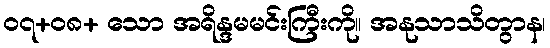
၀၇+၀၈+ သော အရိန္ဒမမင်းကြီးကို။ အနုသာသိတွာန၊